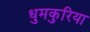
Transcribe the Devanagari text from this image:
धुमकुरिया